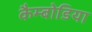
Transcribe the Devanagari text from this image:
कैम्बोडिया